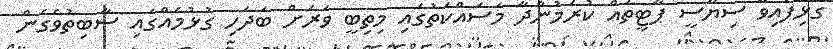
ގުޅިފައިވާ ސިޔާސީ ޕާޓީތައް ކުރަމުންދާ މަސައްކަތުގައި މިތިބީ ވަރަށް ބަދަހި ގުޅުމެއްގައި ސާބިތުވެގެން